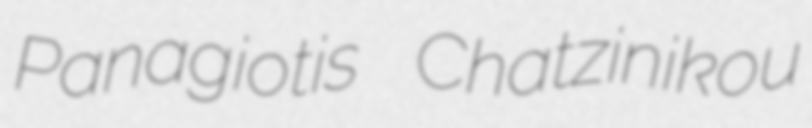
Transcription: Panagiotis Chatzinikou